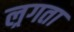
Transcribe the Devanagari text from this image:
ल्रगता